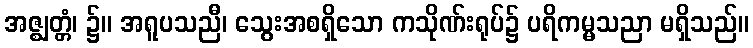
အဇ္ဈတ္တံ၊ ၌။ အရူပသညီ၊ သွေးအစရှိသော ကသိုဏ်းရုပ်၌ ပရိကမ္မသညာ မရှိသည်။